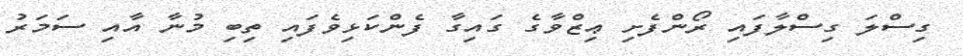
ގިސްލަ ގިސްލާފައި ރޯންފެށި ޢިޒްވާގެ ގައިގާ ފެންކަޅިވެފައި ތިބި މުނާ އާއި ސަމަރު